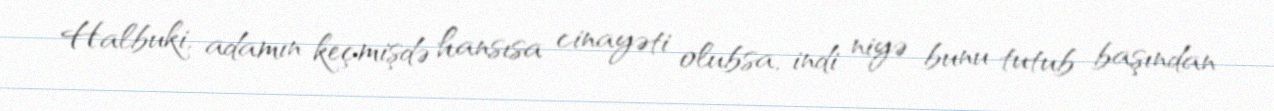
Halbuki, adamın keçmişdə hansısa cinayəti olubsa, indi niyə bunu tutub başından